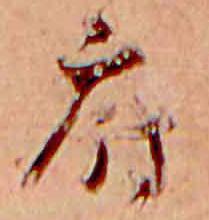
府